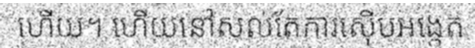
ហើយ។ ហើយនៅសល់តែការស៊ើបអង្កេត